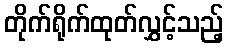
တိုက်ရိုက်ထုတ်လွှင့်သည့်